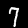
Label: 7